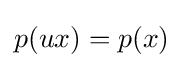
p(ux)=p(x)